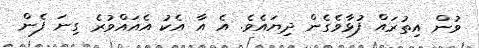
ވުން އިތުރައް ފުޅާވެގެން ދިޔައެވެ. އެ އާ އެކު އެއައްވުރެ ގިނަ ފެން